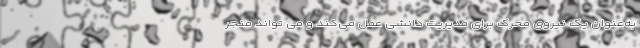
به‌عنوان یک نیروی محرک برای مدیریت دانشی عمل می‌کند و می تواند منجر